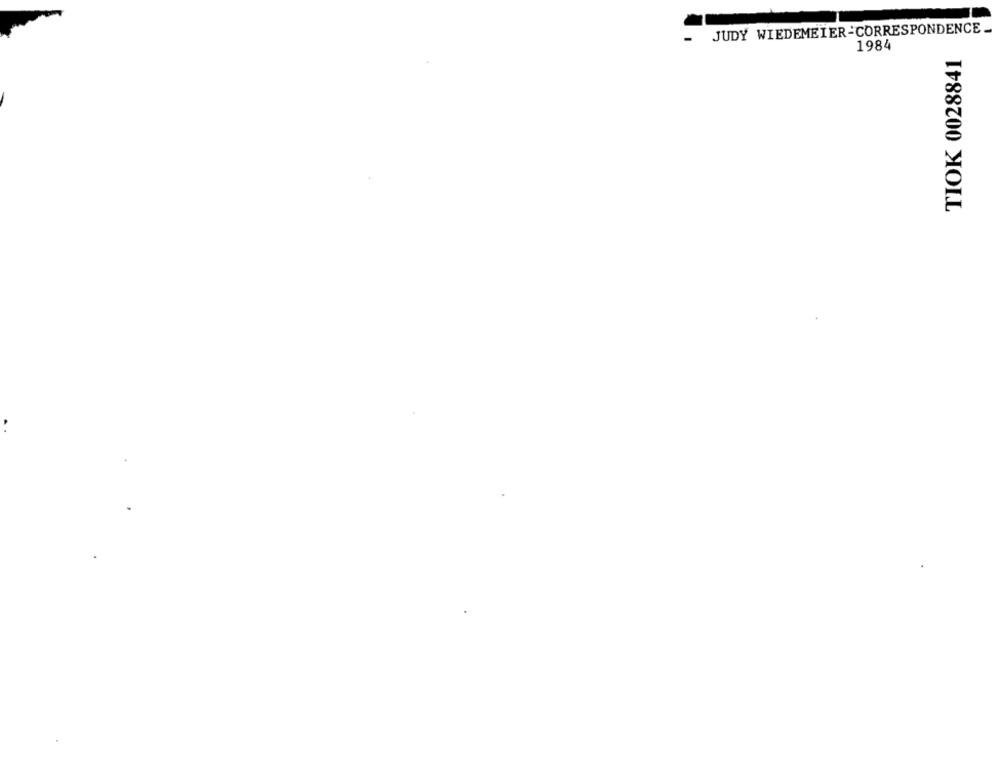
JUDY WIEDEMEIER-CORRESPONDENCE_
1984
TIOK 0028841